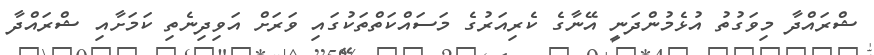
ޝްރައްދާ މިވަގުތު އުޅެމުންދަނީ އޭނާގެ ކެރިއަރުގެ މަސައްކަތްތަކުގައި ވަރަށް އަވިދިނެތި ކަމަށާއި ޝްރައްދާ